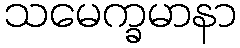
သမေက္ခမာနာ